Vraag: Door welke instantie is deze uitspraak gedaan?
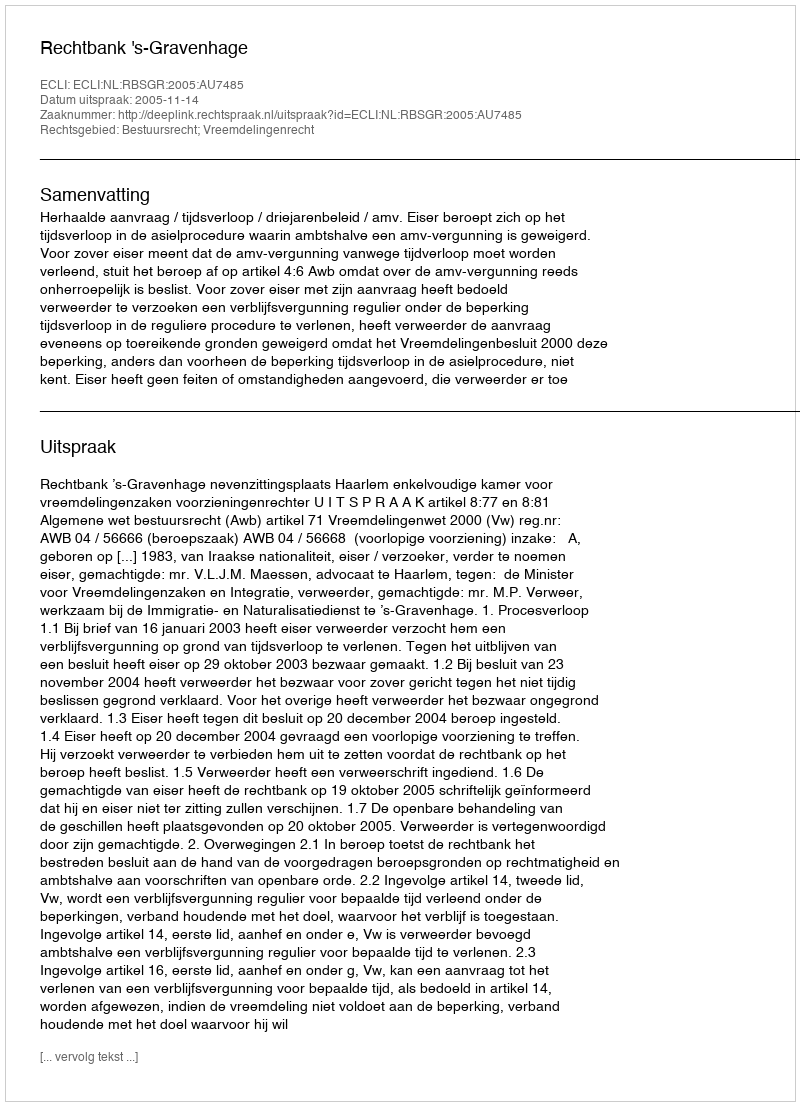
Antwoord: Rechtbank 's-Gravenhage